Report on the Civil Veterinary Department, Eastern Bengal and Assam - 1907-1911
Year: 1907
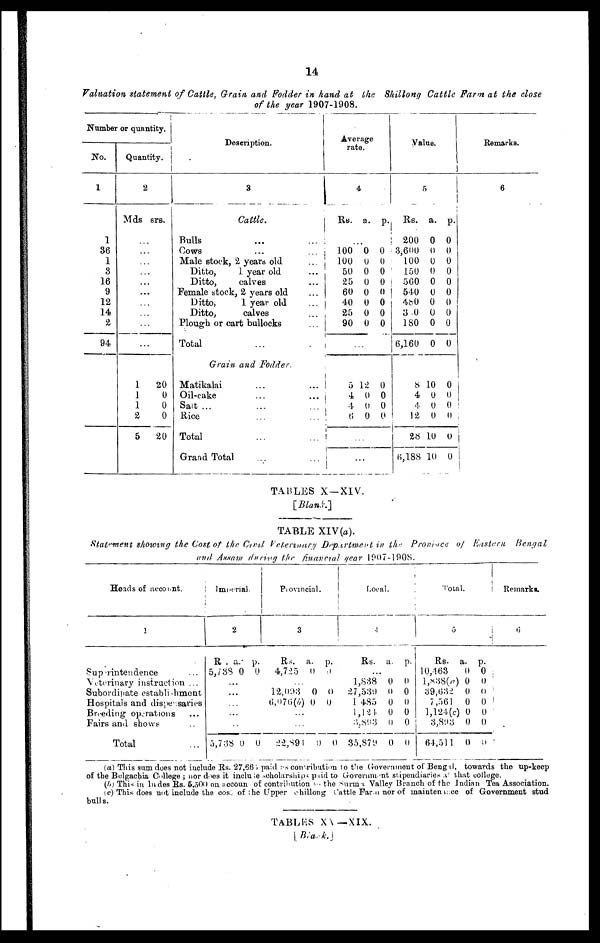
14
Valuation statement of Cattle, Grain and Fodder in hand at the Shillong Cattle Farm at the close
of the year 1907-1908.
Number or quantity.
No.
1
1
36
1
3
16
9
12
14
2
94
Quantity.
2
Mds srs.
...
...
...
...
...
...
...
...
...
...
1
20
1
0
1
0
2
0
5
20
Description.
3
Cattle.
Bulls ... ...
Cows ... ...
Male stock, 2, yeara old ...
Ditto,
1 year old ...
Ditto,
calves ...
Female stock, 2 years old ...
Ditto,
1 year old ...
Ditto,
calves ...
Plough or cart bullocks ...
Total ... .
Grain and Fodder.
Matikalai ... ...
Oil-cake ... ...
Salt ... ... ...
Rice ... ...
Total ... ...
Grand Total ... ...
Average
rate.
4
Rs.
100
100
50
25
60
40
25
90
...
5
4
4
6
...
a.
0
0
0
0
0
0
0
0
12
0
0
0
p.
0
0
0
0
0
0
0
0
0
0
0
0
Value.
5
Rs.
200
3,600
100
150
560
540
4b0
3 0
180
6,160
8
4
4
12
28
6,188
a.
0
0
0
0
0
0
0
0
0
0
10
0
0
0
10
10
p.
0
0
0
0
0
0
0
0
0
0
0
0
0
0
0
0
Remarks.
6
TABLES X—XIV.
[Blank.]
TABLE XIV(a).
Statement showing the Cost of the Civil Veterinary Department in the Province of Eastern
Bengal
and Assam during the financial year 1907-1908 .
Heads of account.
1
Superintendence ...
Veterinary instruction ...
Subordinate establishment
Hospitals and dispensaries
Breeding operations ...
Fairs and shows ...
Total
Imperial.
2
R.
5,738
..
..
...
...
...
5,738
a.
0
.
.
0
p.
0
0
Provincial.
3
Rs.
4,725
12,093
6,076 (b)
...
...
22,891
a.
0
0
0
0
p.
0
0
0
0
Local.
4
Rs.
...
1,838
27,539
1 485
1,124
3,89 3
85,879
a.
0
0
0
0
0
0
p.
0
0
0
0
0
0
Total.
5
Rs.
10,463
1,838(a)
39632
7,561
1, 124(c)
3,803
64,511
a.
0
0
0
0
0
0
0
p.
0
0
0
0
0
0
0
Remarks.
6
(a) This sum does not include Rs. 27,665 paid as contribution to the Government of Bengal, towards the up-keep
of the Belgachia College ; nor does it include scholarships paid to Grovernment stipendiaries at that college.
(b) This in ludes R.s. 6,500 on account of contribution
the Surma Valley Branch of the Indian Tea Association.
(c) This does not include the cost of the Upper shillong Cattle Fare nor of maintenance of Government stud
bull s.
TABLES XV—XIX.
[Black.]